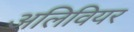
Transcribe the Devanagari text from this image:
अलिवियर